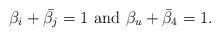
LaTeX: \begin{align*}\beta_i + \bar{\beta_j} = 1 \,\, {\rm and }\,\, \beta_u + \bar{\beta}_4=1.\end{align*}